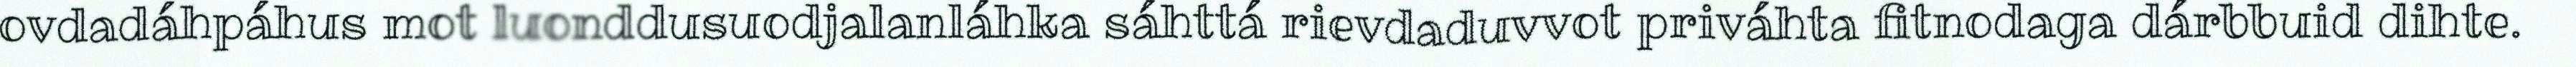
ovdadáhpáhus mot luonddusuodjalanláhka sáhttá rievdaduvvot priváhta fitnodaga dárbbuid dihte.